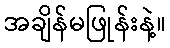
အချိန်မဖြုန်းနဲ့။